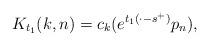
LaTeX: \begin{align*}K_{t_{1}}(k,n)=c_k(e^{t_{1}(\cdot-s^{+})}p_n),\end{align*}